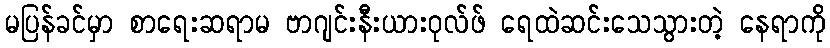
မပြန်ခင်မှာ စာရေးဆရာမ ဗာဂျင်းနီးယားဝုလ်ဖ် ရေထဲဆင်းသေသွားတဲ့ နေရာကို